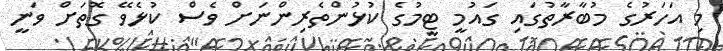
މި އަހަރުގެ މުބާރާތުގައި ގައުމީ ޓީމުގެ ކުޅުންތެރިންނަށް ވެސް ކުޅެވޭ ގޮތަށް ވަނީ